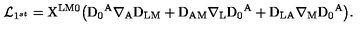
{ \cal L } _ { 1 ^ { s t } } = \mathrm { X ^ { L M 0 } \big ( D _ { 0 } { } ^ { A } \nabla _ { A } D _ { L M } + D _ { A M } \nabla _ { L } D _ { 0 } { } ^ { A } + D _ { L A } \nabla _ { M } D _ { 0 } { } ^ { A } \big ) } .